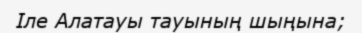
Іле Алатауы тауының шыңына;